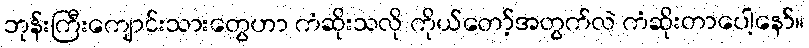
ဘုန်းကြီးကျောင်းသားတွေဟာ ကံဆိုးသလို ကိုယ်တော့်အတွက်လဲ ကံဆိုးတာပေါ့နော်။